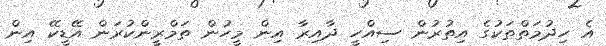
އެ ހިދުމަތްތަކުގެ އިތުރުން ސިއްހީ ދާއިރާ އިން މީހުން ތަމްރީންކުރަން އޭޑީކޭ އިން